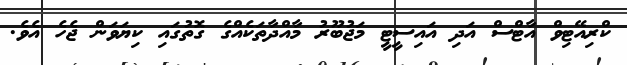
ކްރިއޭޓިވް އާޓްސް އަދި އައިސީޓީ މަޖުބޫރު މާއްދާތަކެއްގެ ގޮތުގައި ކިޔަވަން ޖެހެ އެވެ.